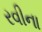
રવીના